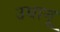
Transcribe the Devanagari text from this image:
उधानू